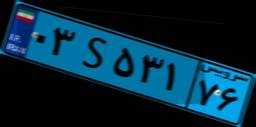
۱۰S۳۴۵۲۰